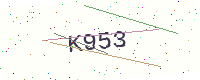
Text: K953